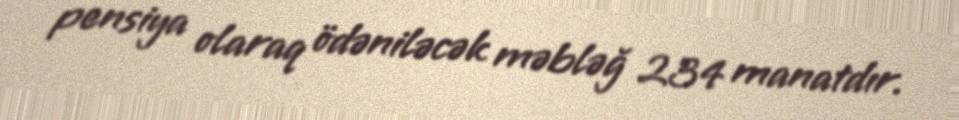
pensiya olaraq ödəniləcək məbləğ 234 manatdır.